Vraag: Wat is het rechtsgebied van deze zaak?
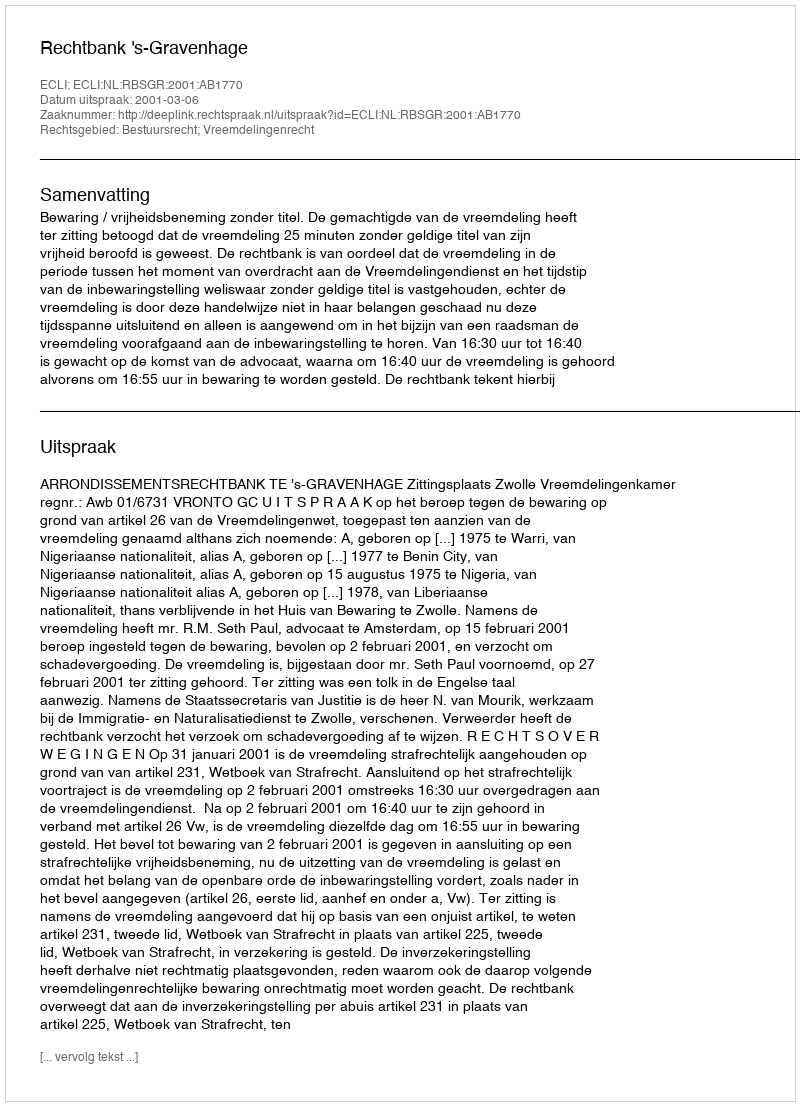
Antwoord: Bestuursrecht; Vreemdelingenrecht